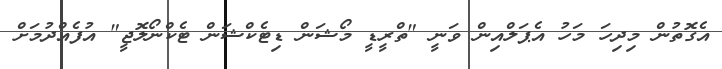
އެގޮތުން މިދިހަ މަހު އެޕަލްއިން ވަނީ "ތްރީޑީ މޯޝަން ޑިޓެކްޝަން ޓެކްނޯލޮޖީ" އުފެއްދުމަށް